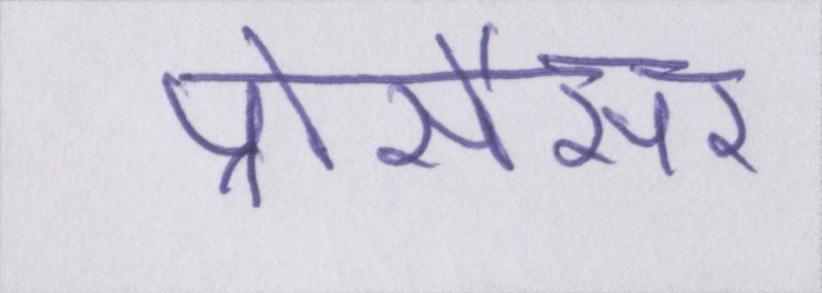
प्रोसैसर